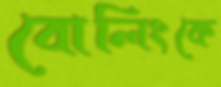
বোলিংকে